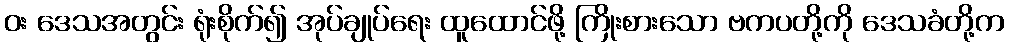
ဝး ဒေသအတွင်း ရုံးစိုက်၍ အုပ်ချုပ်ရေး ထူထောင်ဖို့ ကြိုးစားသော ဗကပတို့ကို ဒေသခံတို့က